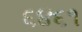
૬૪૬૧